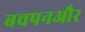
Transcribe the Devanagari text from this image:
बचपनऔर